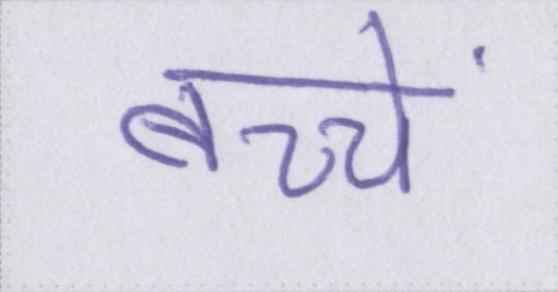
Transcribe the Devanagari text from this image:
बच्चें